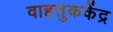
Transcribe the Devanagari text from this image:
वाहतुककेंद्र